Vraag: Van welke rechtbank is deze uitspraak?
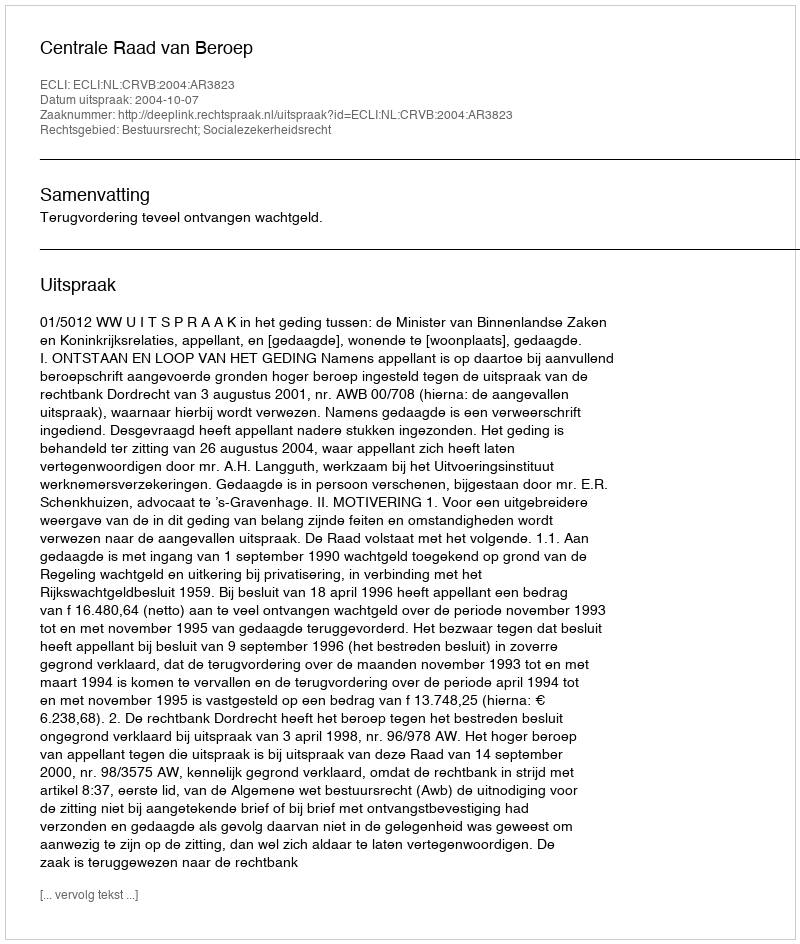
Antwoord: Centrale Raad van Beroep